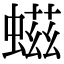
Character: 螆